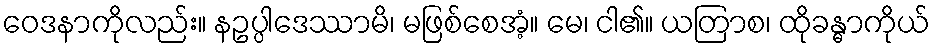
ဝေဒနာကိုလည်း။ နဥပ္ပါဒေဿာမိ၊ မဖြစ်စေအံ့။ မေ၊ ငါ၏။ ယတြာစ၊ ထိုခန္ဓာကိုယ်